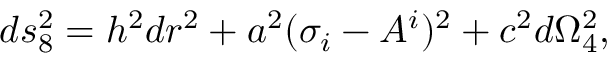
d s _ { 8 } ^ { 2 } = h ^ { 2 } d r ^ { 2 } + a ^ { 2 } ( \sigma _ { i } - A _ { } ^ { i } ) ^ { 2 } + c ^ { 2 } d \Omega _ { 4 } ^ { 2 } ,